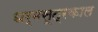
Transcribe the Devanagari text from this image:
धर्मसूत्रकाल